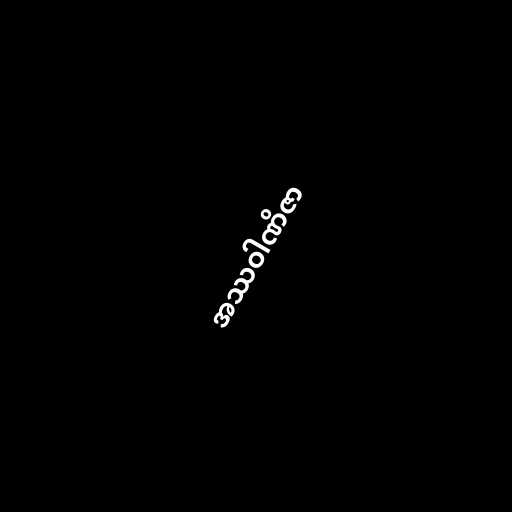
အဿဝါဏိဇာ